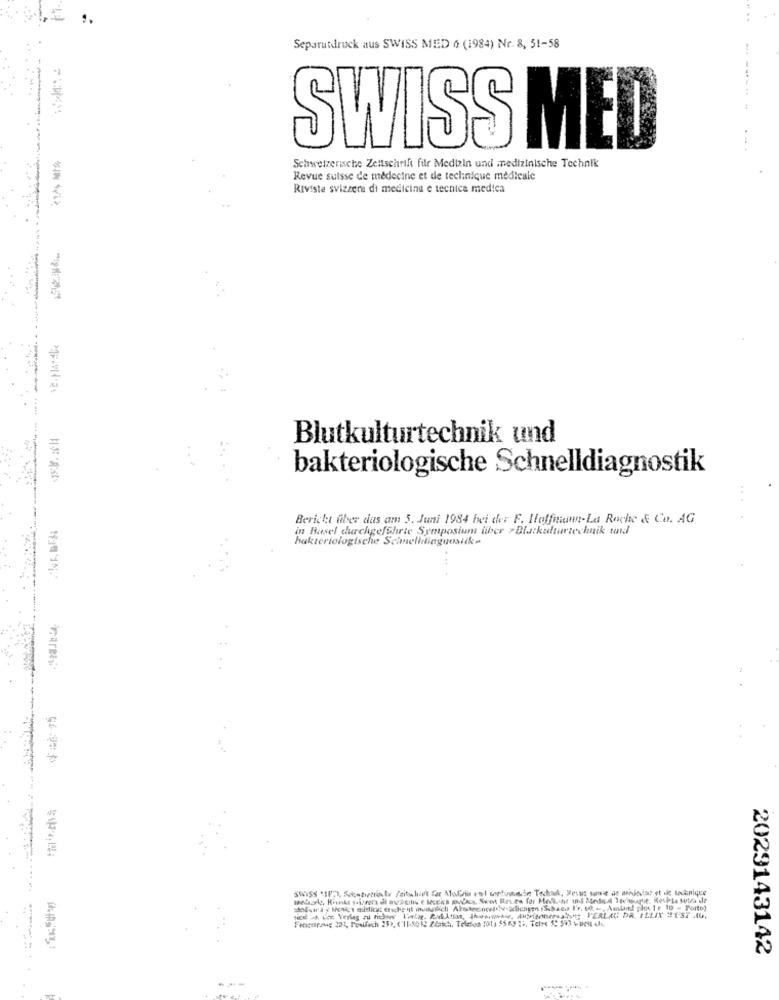
Separatdruck aus SWISS MED 6 (1984) Nr. 8, 51-58
-----
SWISS MED
Schweizerische Zeitschrift filr Medizin und medizinische Technik
Revue sulsse de médecine et de techinique médicale
Riviste svizzera di medicina e tecnica medica
Blutkulturtechnik und
--------
bakteriologische Schnelldiagnostik
HORST
Bericht fiber das am 5. Juni 1984 bei der F. Hoffmann-La Roche & Co. AG
in Basel churchgeführte Symposium liber > Blarkulturtechnik und
bakteriologische Schnelldiagnosiike
..
2029143142